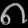
Digit: ၈